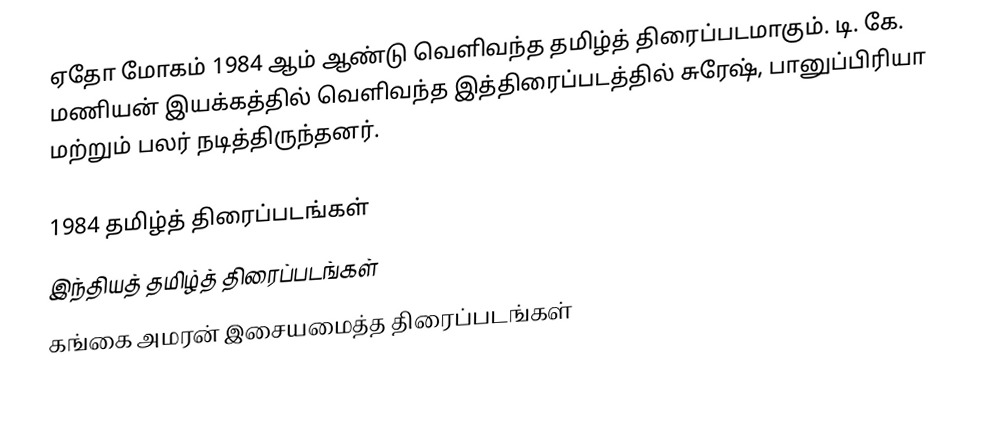
ஏதோ மோகம் 1984 ஆம் ஆண்டு வெளிவந்த தமிழ்த் திரைப்படமாகும். டி. கே. மணியன் இயக்கத்தில் வெளிவந்த இத்திரைப்படத்தில் சுரேஷ், பானுப்பிரியா மற்றும் பலர் நடித்திருந்தனர்.

1984 தமிழ்த் திரைப்படங்கள்
இந்தியத் தமிழ்த் திரைப்படங்கள்
கங்கை அமரன் இசையமைத்த திரைப்படங்கள்